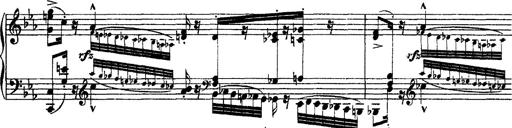
Title: Grandes Ã©tudes de Paganini
Composer: Franz Liszt